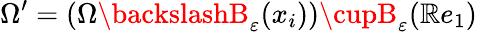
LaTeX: \Omega^{\prime}=(\Omega\backslashB_{\varepsilon}(x_{i}))\cupB_{\varepsilon}(\mathbb{R}e_{1})